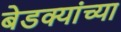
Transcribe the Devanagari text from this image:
बेडक्यांच्या